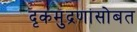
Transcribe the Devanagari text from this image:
दृकमुद्रणासोबत